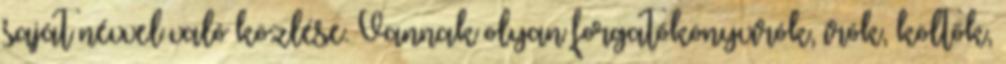
saját névvel való közlése. Vannak olyan forgatókönyvírók, írók, költők,